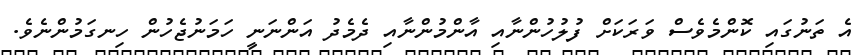
އެ ތަނުގައި ކޮންމެވެސް ވަރަކަށް ފުލުހުންނާއި އާންމުންނާއި ދެމެދު އަންނަނީ ހަމަނުޖެހުން ހިނގަމުންނެވެ.